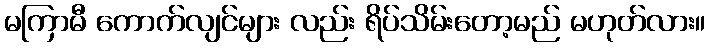
မကြာမီ ကောက်လျင်များ လည်း ရိပ်သိမ်းတော့မည် မဟုတ်လား။